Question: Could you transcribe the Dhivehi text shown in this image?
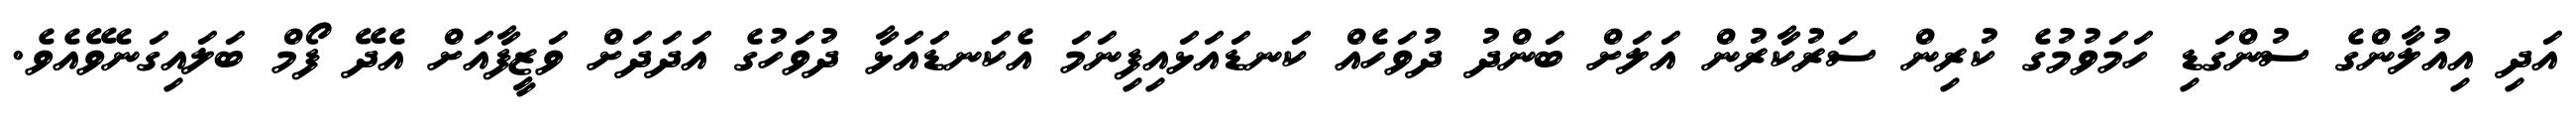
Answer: އަދި އިއުލާންގެ ސުންގަޑި ހަމަވުމުގެ ކުރިން ސަރުކާރުން އަލަށް ބަންދު ދުވަހެއް ކަނޑައަޅައިފިނަމަ އެކަނޑައަޅާ ދުވަހުގެ އަދަދަށް ވަޒީފާއަށް އެދޭ ފޯމް ބަލައިގަނެވޭއެވެ.